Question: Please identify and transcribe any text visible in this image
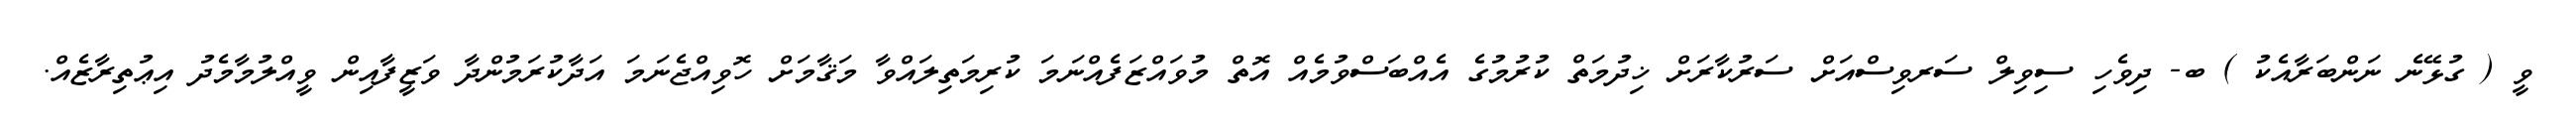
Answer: ވީ ( ގުޅޭނެ ނަންބަރާއެކު ) ބ- ދިވެހި ސިވިލް ސަރވިސްއަށް ސަރުކާރަށް ޚިދުމަތް ކުރުމުގެ އެއްބަސްވުމެއް އޮތް މުވައްޒަފެއްނަމަ ކުރިމަތިލައްވާ މަޤާމަށް ހޮވިއްޖެނަމަ އަދާކުރަމުންދާ ވަޒީފާއިން ވީއްލުމާމެދު އިޢުތިރާޒެއް.